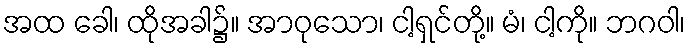
အထ ခေါ၊ ထိုအခါ၌။ အာဝုသော၊ ငါ့ရှင်တို့။ မံ၊ ငါ့ကို။ ဘဂဝါ၊